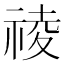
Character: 祾